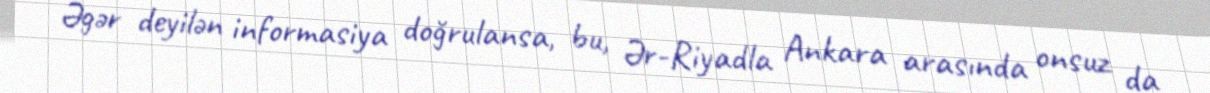
Əgər deyilən informasiya doğrulansa, bu, Ər-Riyadla Ankara arasında onsuz da